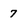
Character: 7